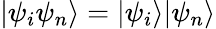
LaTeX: |\psi_{i}\psi_{n}\rangle=|\psi_{i}\rangle|\psi_{n}\rangle